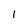
Character: l